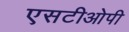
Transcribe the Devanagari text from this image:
एसटीओपी